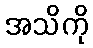
အသိကို